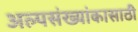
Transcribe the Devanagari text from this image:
अल्पसंख्यांकासाठी